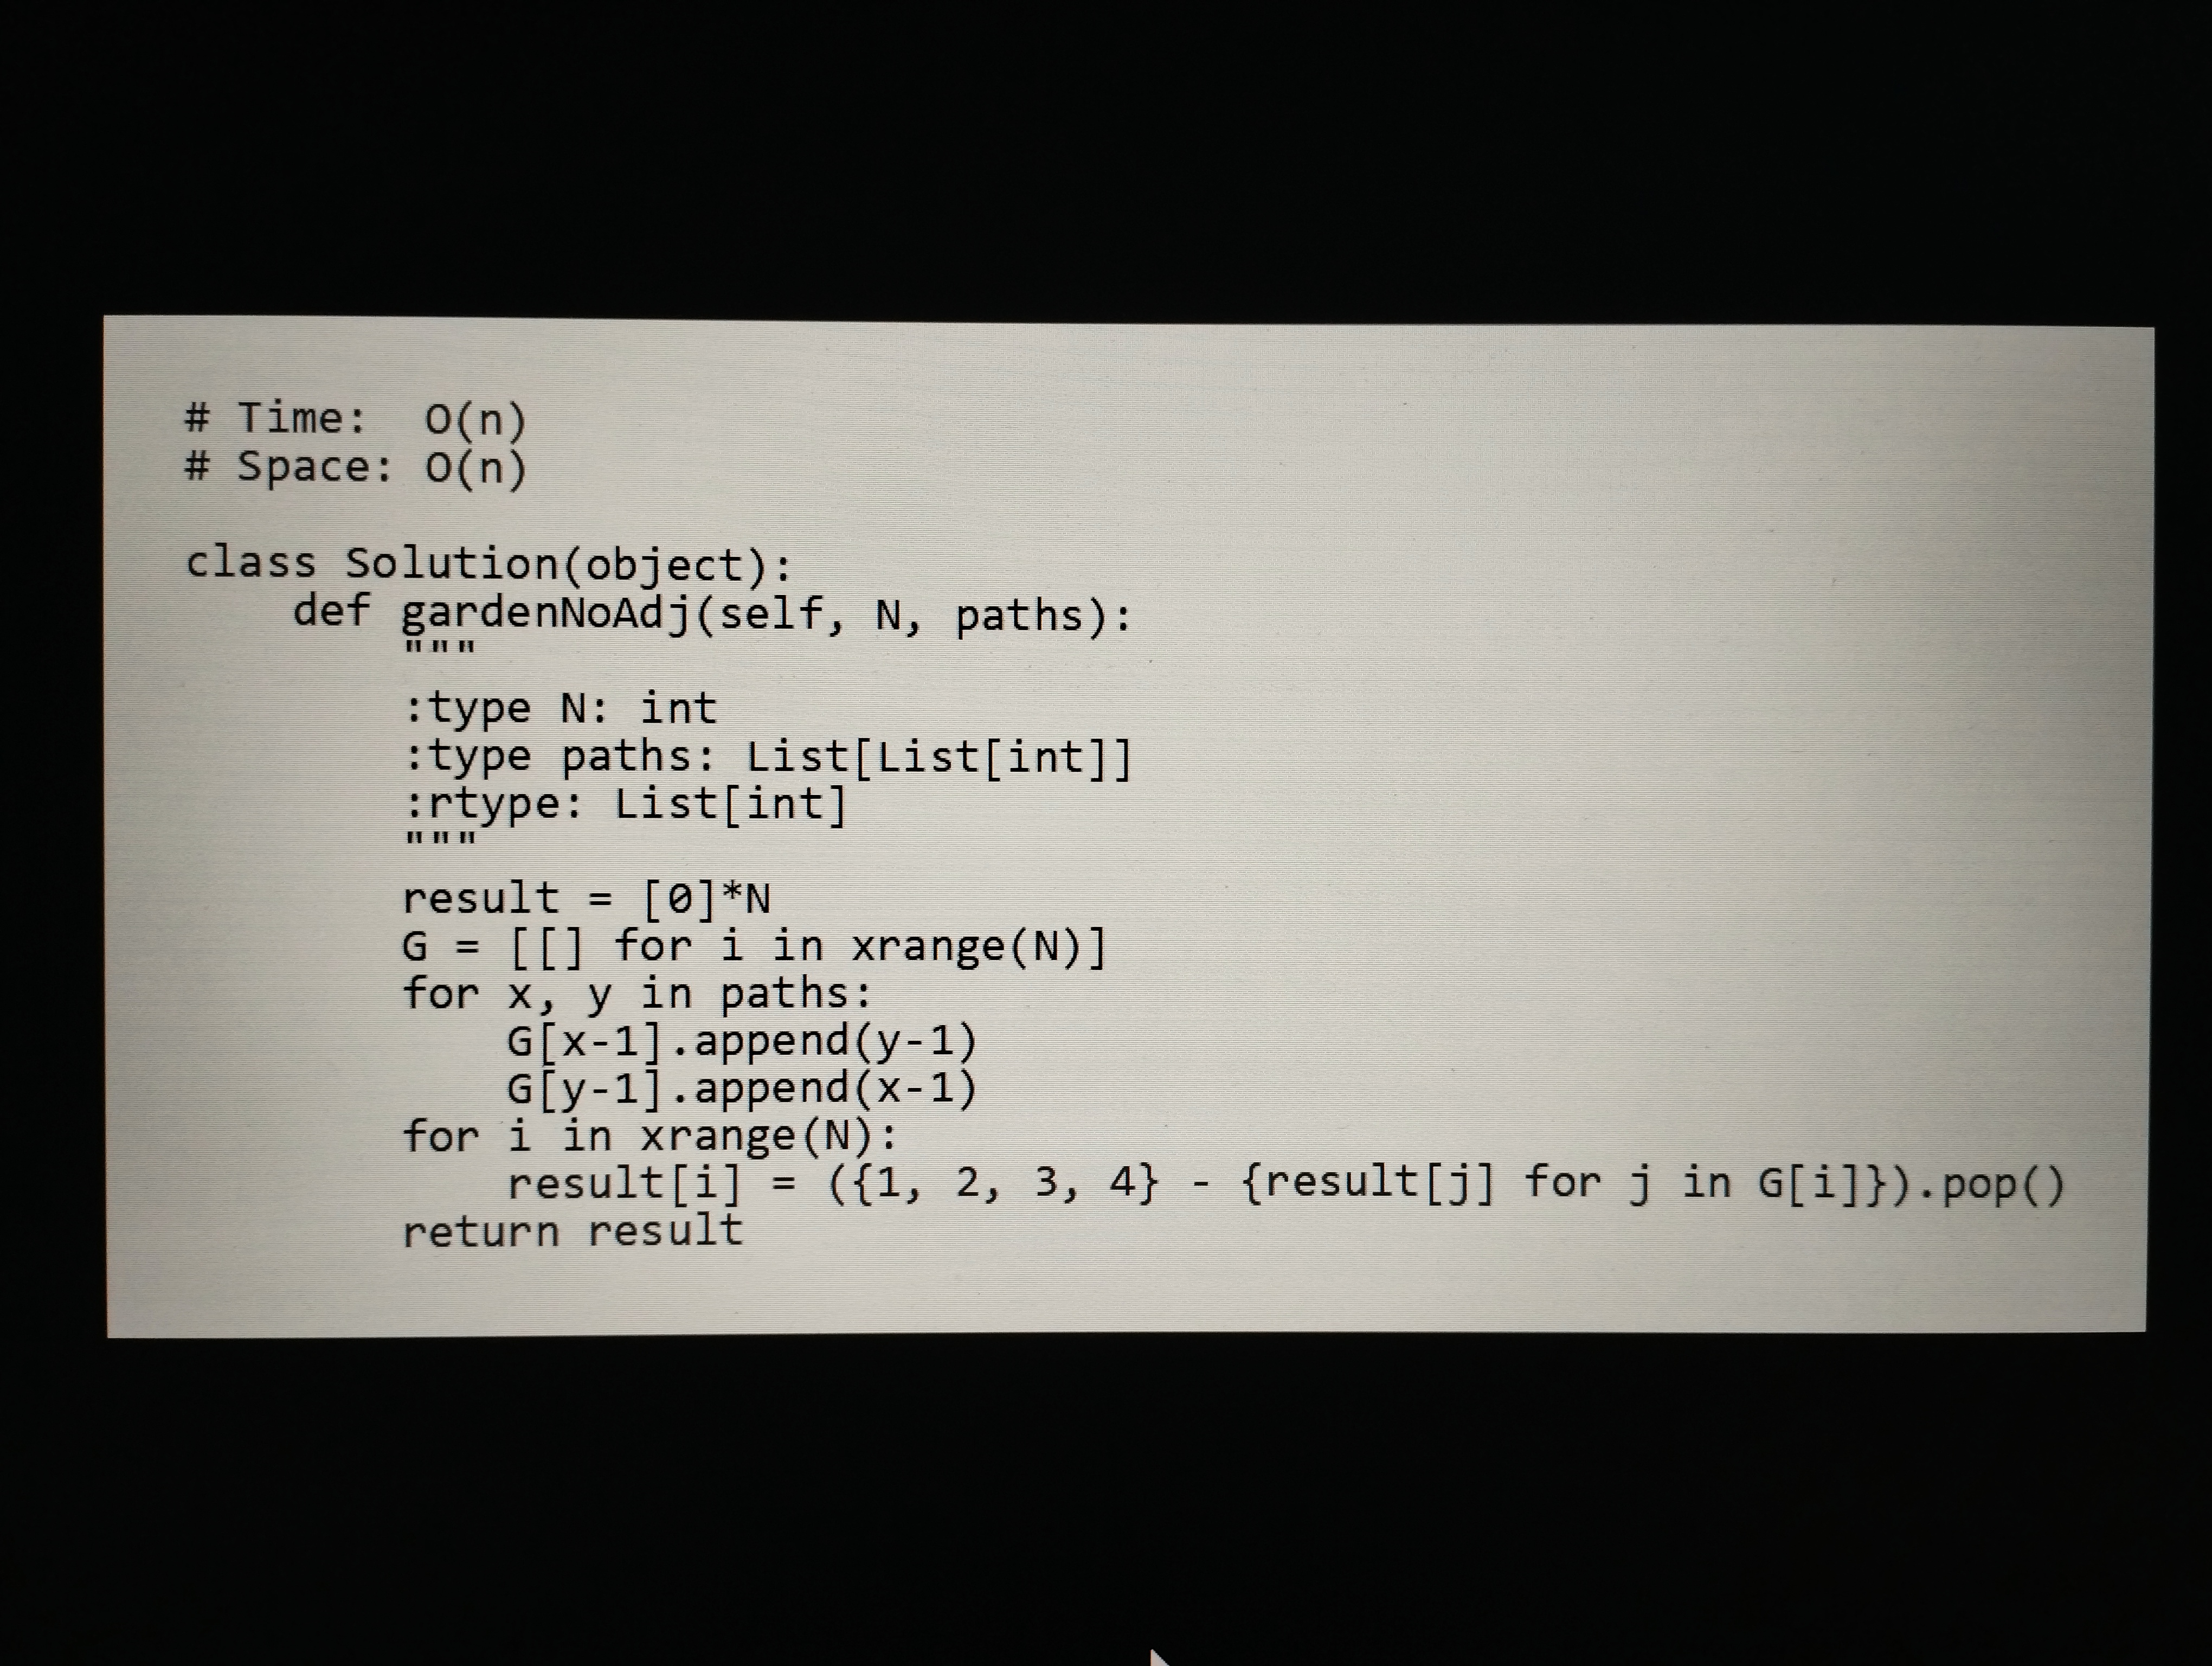
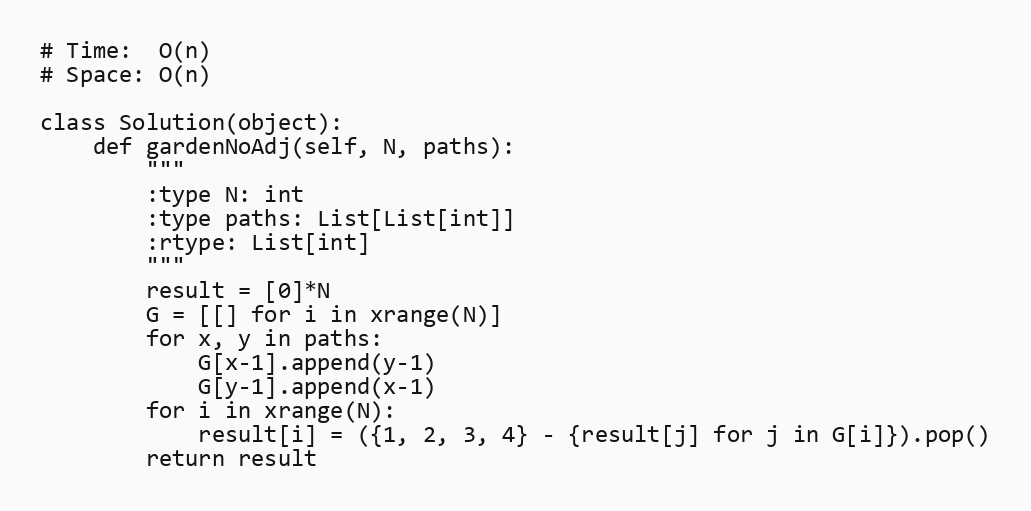
# Time:  O(n)
# Space: O(n)

class Solution(object):
    def gardenNoAdj(self, N, paths):
        """
        :type N: int
        :type paths: List[List[int]]
        :rtype: List[int]
        """
        result = [0]*N
        G = [[] for i in xrange(N)]
        for x, y in paths:
            G[x-1].append(y-1)
            G[y-1].append(x-1)
        for i in xrange(N):
            result[i] = ({1, 2, 3, 4} - {result[j] for j in G[i]}).pop()
        return result